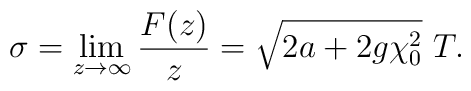
\sigma = \lim_{z \rightarrow \infty} \frac{F(z)}{z} = \sqrt{2a + 2 g \chi_0^2} \ T.